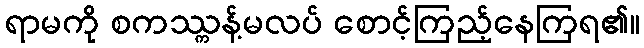
ရာမကို စကဿ္ကန့်မလပ် စောင့်ကြည့်နေကြရ၏။